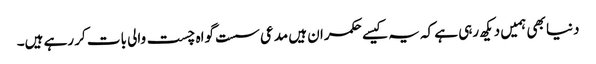
دنیا بھی ہمیں دیکھ رہی ہے کہ یہ کیسے حکمران ہیں مدعی سست گواہ چست والی بات کر رہے ہیں۔